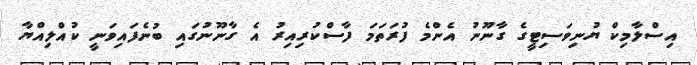
އިސްލާމިކް ޔުނިވަސިޓީގެ ގާނޫނު އެންމެ ފުރަތަމަ ފާސްކުރިއިރު އެ ގާނޫނުގައި ބުނެފައިވަނީ ކުއްލިއްޔާ